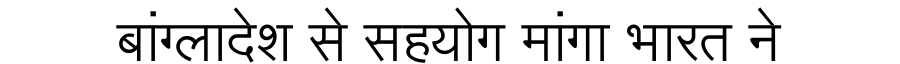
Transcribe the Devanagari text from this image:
बांग्लादेश से सहयोग मांगा भारत ने